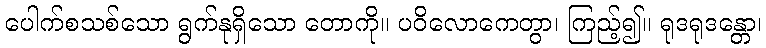
ပေါက်စသစ်သော ရွက်နုရှိသော တောကို။ ပဝိလောကေတွာ၊ ကြည့်၍။ ရုဒရုဒန္တော၊